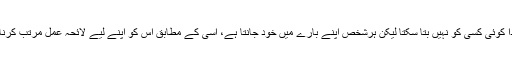
فرداً فرداً کوئی کسی کو نہیں بتا سکتا لیکن ہرشخص اپنے بارے میں خود جانتا ہے، اسی کے مطابق اس کو اپنے لیے لائحہ عمل مرتب کرنا چاہیے۔